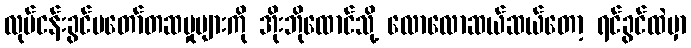
လုပ်ငန်းခွင်မတော်တဆမှုများကို အိုးဘိုထောင်သို့ လောလောဆယ်ဆယ်တော့ ရင်ခွင်ထဲမှာ